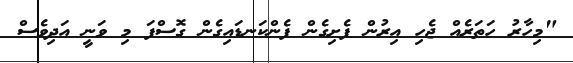
"މިހާރު ހަތަރެއް ޖެހި އިރުން ފެށިގެން ފެންކަނޑައިގެން ގޮސްފަ މި ވަނީ އަދިވެސް